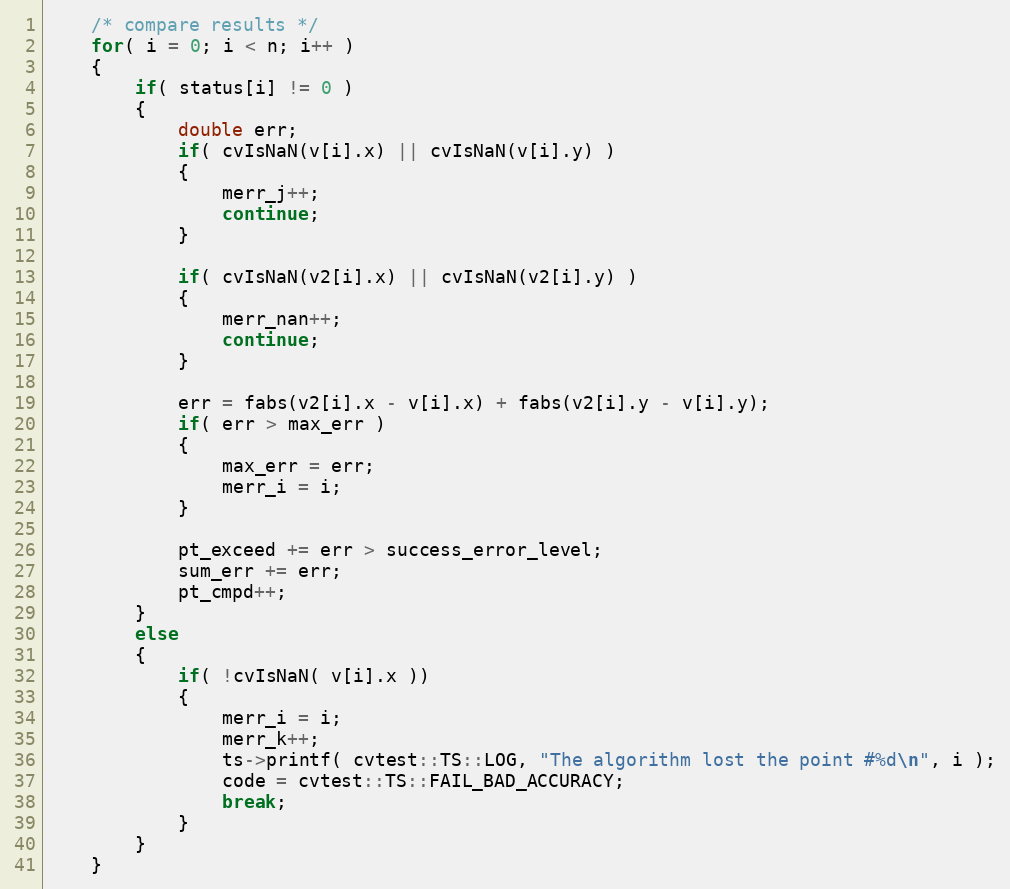
Language: C++
    /* compare results */
    for( i = 0; i < n; i++ )
    {
        if( status[i] != 0 )
        {
            double err;
            if( cvIsNaN(v[i].x) || cvIsNaN(v[i].y) )
            {
                merr_j++;
                continue;
            }

            if( cvIsNaN(v2[i].x) || cvIsNaN(v2[i].y) )
            {
                merr_nan++;
                continue;
            }

            err = fabs(v2[i].x - v[i].x) + fabs(v2[i].y - v[i].y);
            if( err > max_err )
            {
                max_err = err;
                merr_i = i;
            }

            pt_exceed += err > success_error_level;
            sum_err += err;
            pt_cmpd++;
        }
        else
        {
            if( !cvIsNaN( v[i].x ))
            {
                merr_i = i;
                merr_k++;
                ts->printf( cvtest::TS::LOG, "The algorithm lost the point #%d\n", i );
                code = cvtest::TS::FAIL_BAD_ACCURACY;
                break;
            }
        }
    }